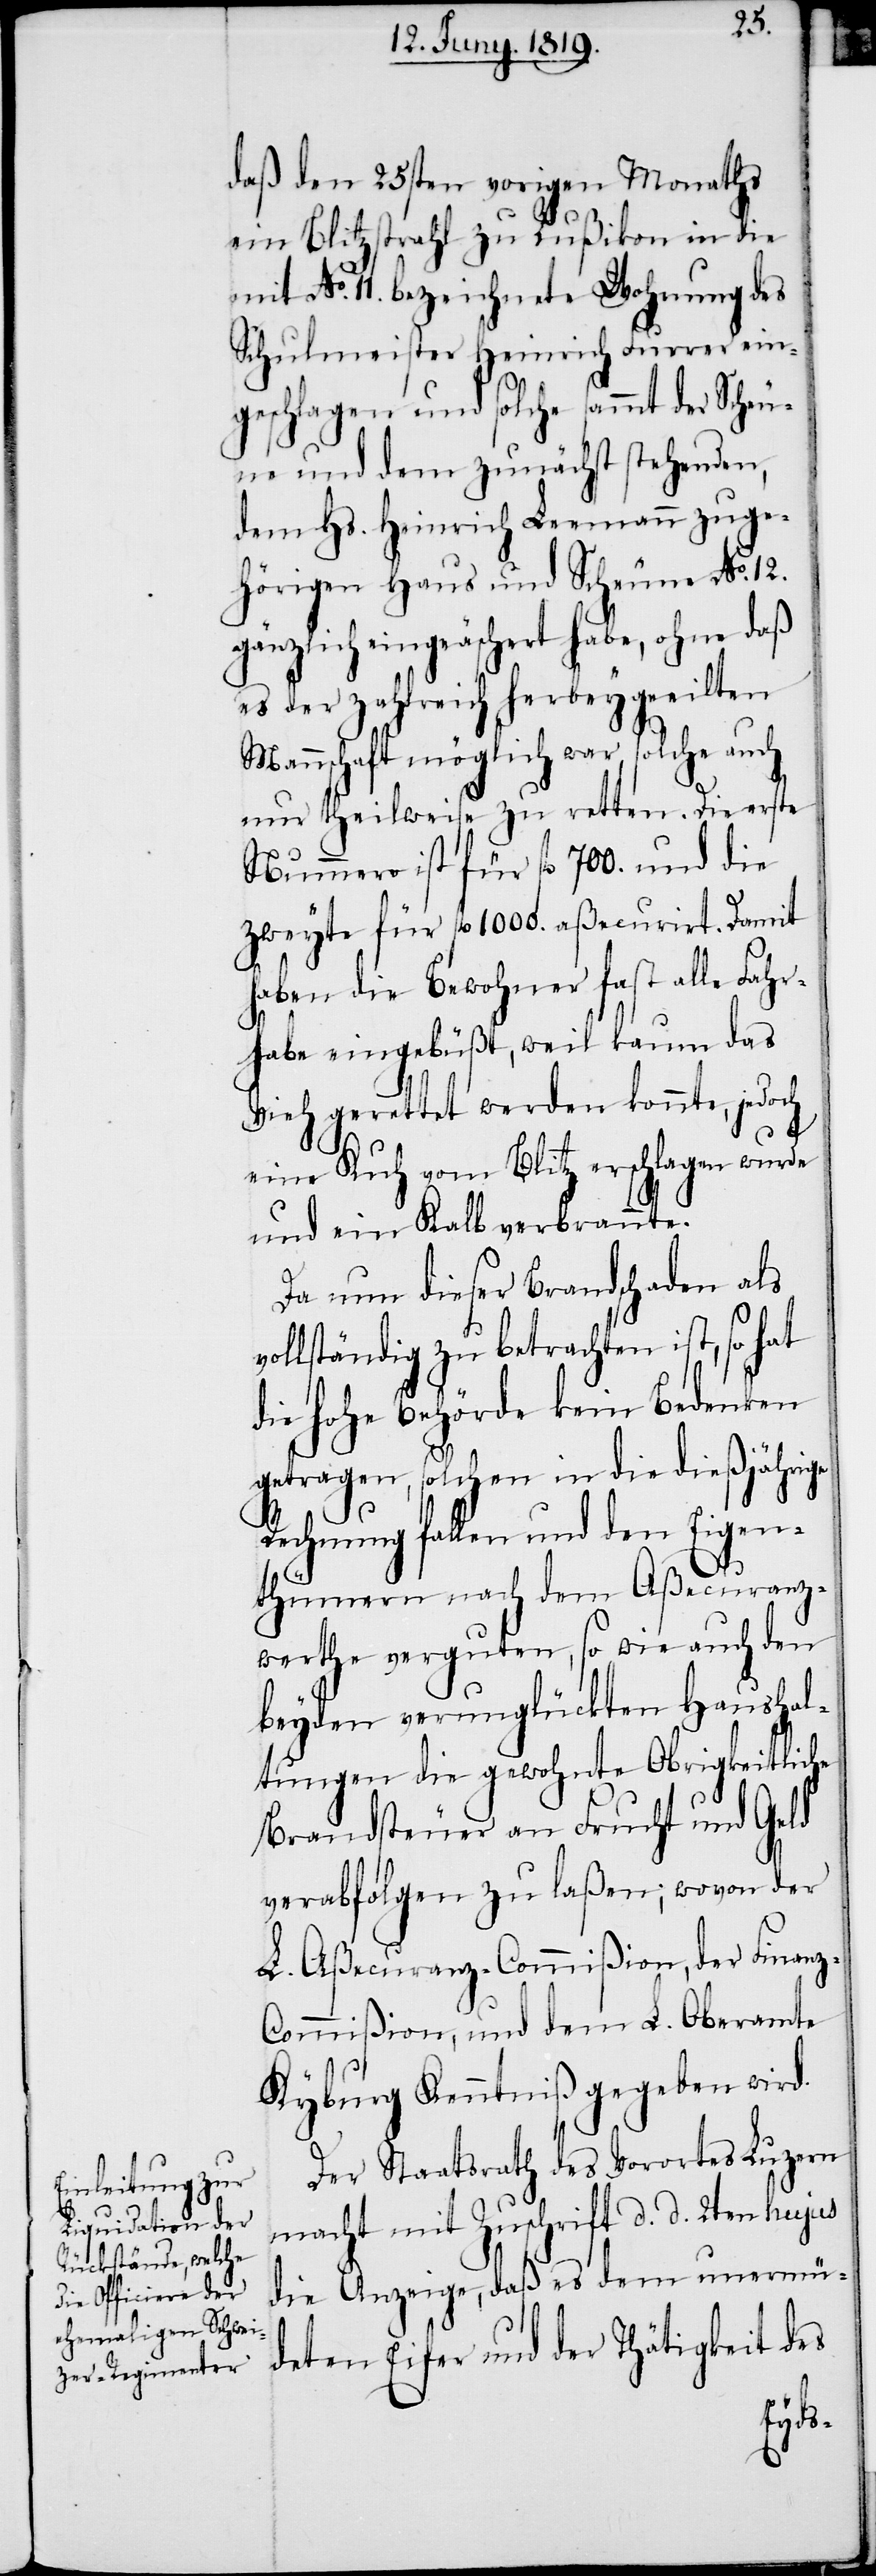
daß den 25sten vorigen Monaths
ein Blitzstrahl zu Rußikon in die
mit No. 11. bezeichnete Wohnung des
Schulmeister Heinrich Furrer ein¬
geschlagen und solche sammt der Scheu¬
ne und dem zunächst stehenden,
dem Hs. Heinrich Leemann zuge¬
hörigen Haus und Scheune No. 12.
gänzlich eingeäschert habe, ohne daß
es der zahlreich herbeygeeilten
Mannschaft möglich war, solche auch
nur theilweise zu retten. Die erste
Nummer ist für fl. 700. und die
zweyte für fl. 1000. aßecurirt. Damit
haben die Bewohner fast alle Fahr¬
habe eingebüßt, weil kaum das
eine Kuh vom Blitz erschlagen wurde
und ein Kalb verbrannte.
Da nun dieser Brandschaden als
ollständig zu betrachten ist, so hat
die hohe Behörde kein Bedenken
getragen, solchen in die dießjährige
Rechnung fallen und den Eigen¬
thümern nach dem Aßecuranz¬
werthe verguten, so wie auch den
beyden verunglückten Haushal¬
tungen die gewohnte Obrigkeitliche
Brandsteuer an Frucht und Geld
verabfolgen zu laßen; wovon der
L. Aßecuranz-Commißion, der Finan¬
ommißion, und dem L. Oberamte
Kyburg Kenntniß gegeben wird.
v¬
Der Staatsrath des Vorortes Luzern
macht mit Zuschrift d. d. 2ten hujus
die Anzeige, daß es dem unermü¬
deten Eifer und der Thätigkeit des
z-C¬